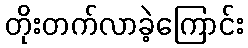
တိုးတက်လာခဲ့ကြောင်း